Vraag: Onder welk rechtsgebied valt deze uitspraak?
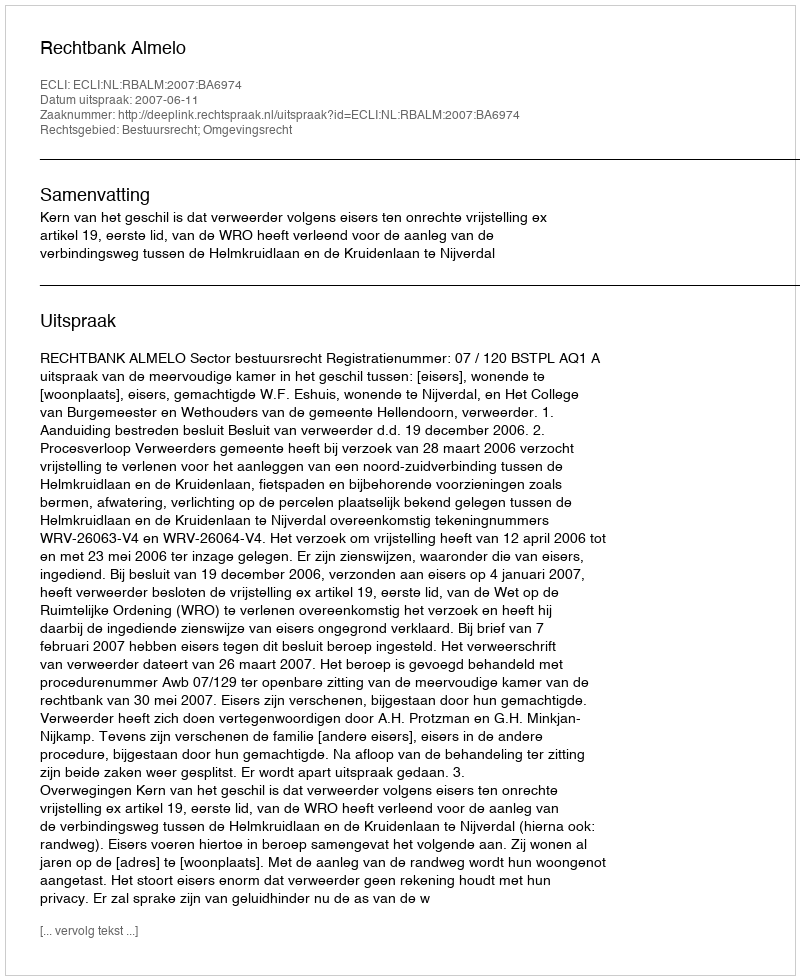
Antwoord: Bestuursrecht; Omgevingsrecht